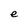
Character: e